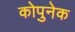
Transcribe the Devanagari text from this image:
कोपुनेक